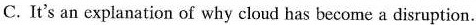
C. It's an explanation of why cloud has become a disruption.